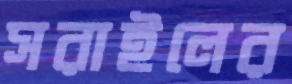
সরাইলের